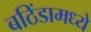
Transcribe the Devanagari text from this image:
बठिंडामध्ये